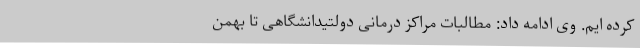
کرده ایم. وی ادامه داد: مطالبات مراکز درمانی دولتیدانشگاهی تا بهمن